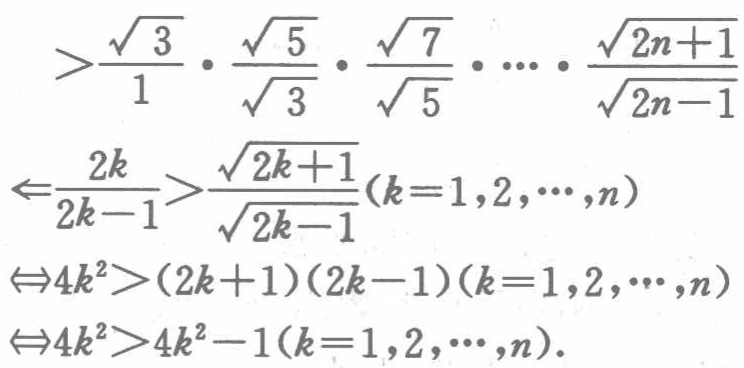
\[
\begin{align*}
&>\frac{\sqrt{3}}{1}\cdot\frac{\sqrt{5}}{\sqrt{3}}\cdot\frac{\sqrt{7}}{\sqrt{5}}\cdot\cdots\cdot\frac{\sqrt{2n + 1}}{\sqrt{2n-1}}\\
\Leftarrow&\frac{2k}{2k - 1}>\frac{\sqrt{2k + 1}}{\sqrt{2k - 1}}(k = 1,2,\cdots,n)\\
\Leftrightarrow&4k^{2}>(2k + 1)(2k - 1)(k = 1,2,\cdots,n)\\
\Leftrightarrow&4k^{2}>4k^{2}-1(k = 1,2,\cdots,n).
\end{align*}
\]